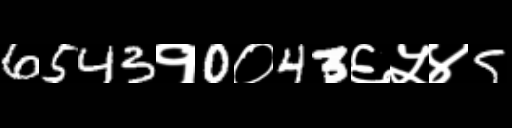
Text: 6543१0०43६५४5